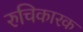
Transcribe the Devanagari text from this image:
रुचिकारक